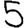
Digit: 5